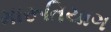
મારૂતિયાગ